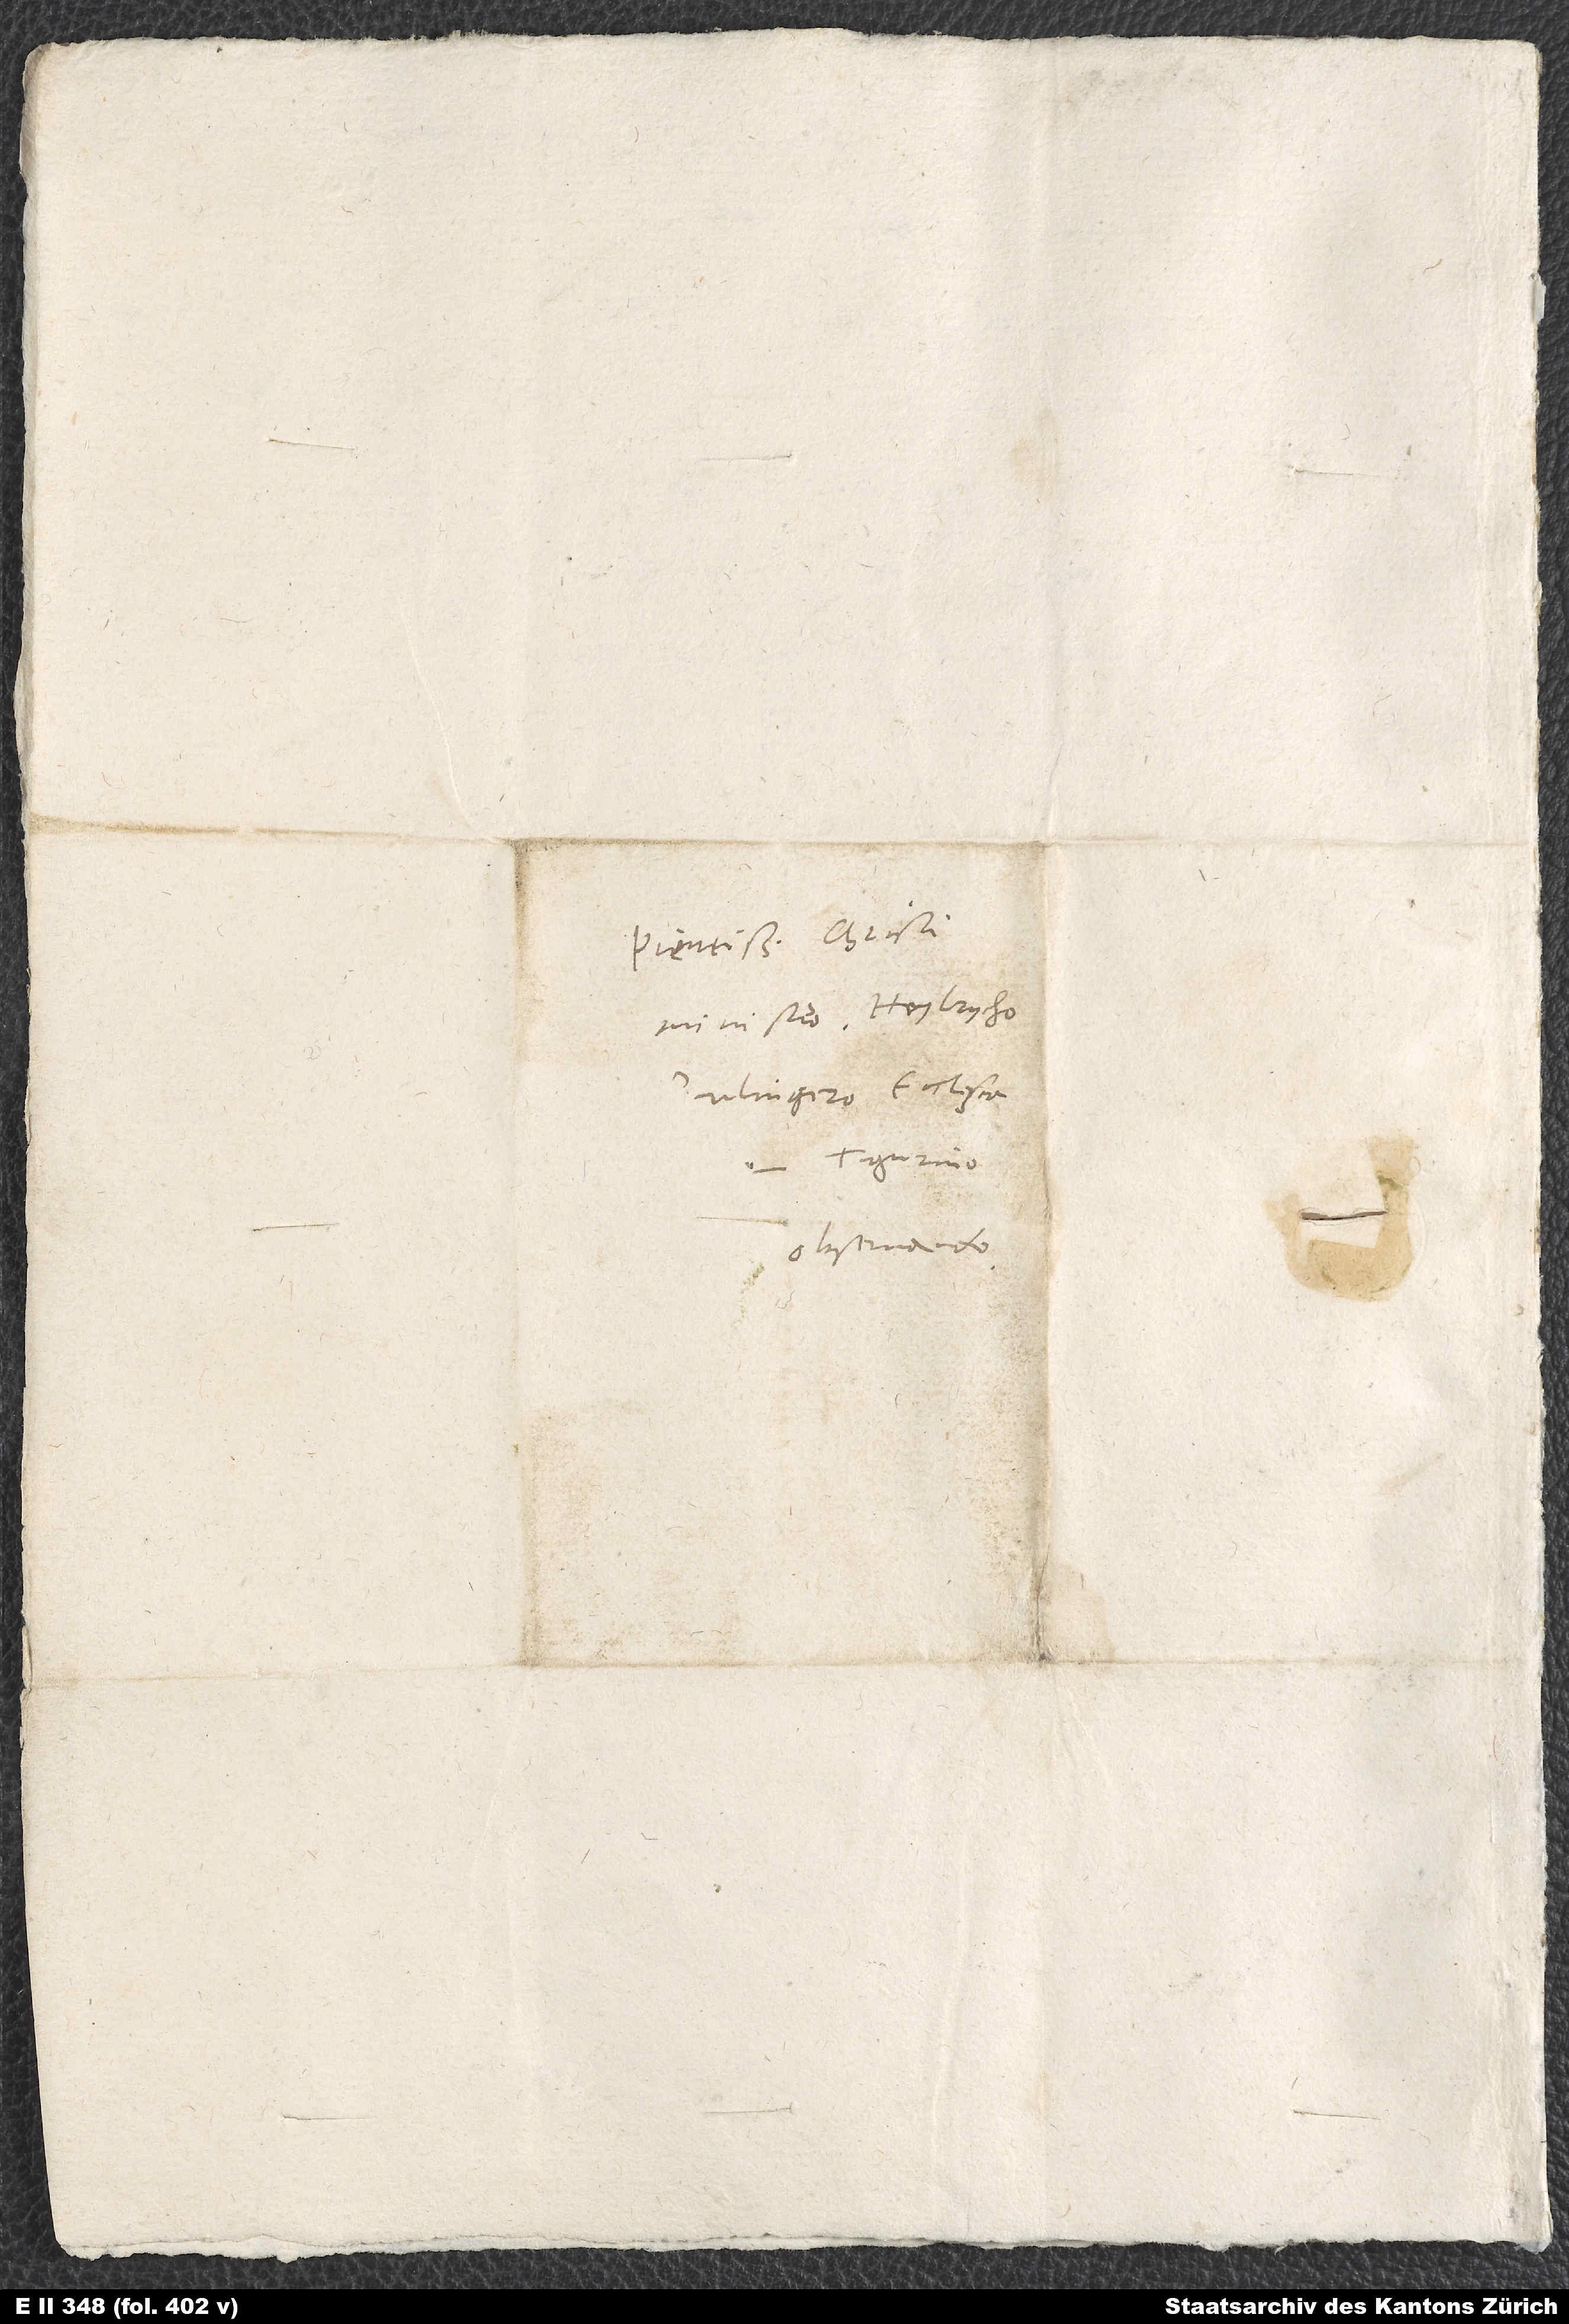
Pientissimo Christi
ministro Heylrycho
Bulingero, ecclesia
observando.